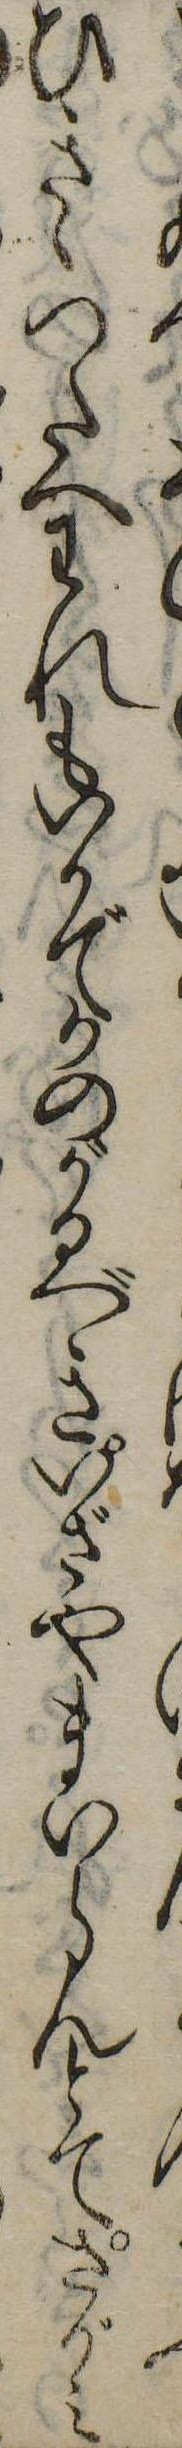
ひきゝつたへわれもいかでかのがるべきいざやまいらんとてさがみ